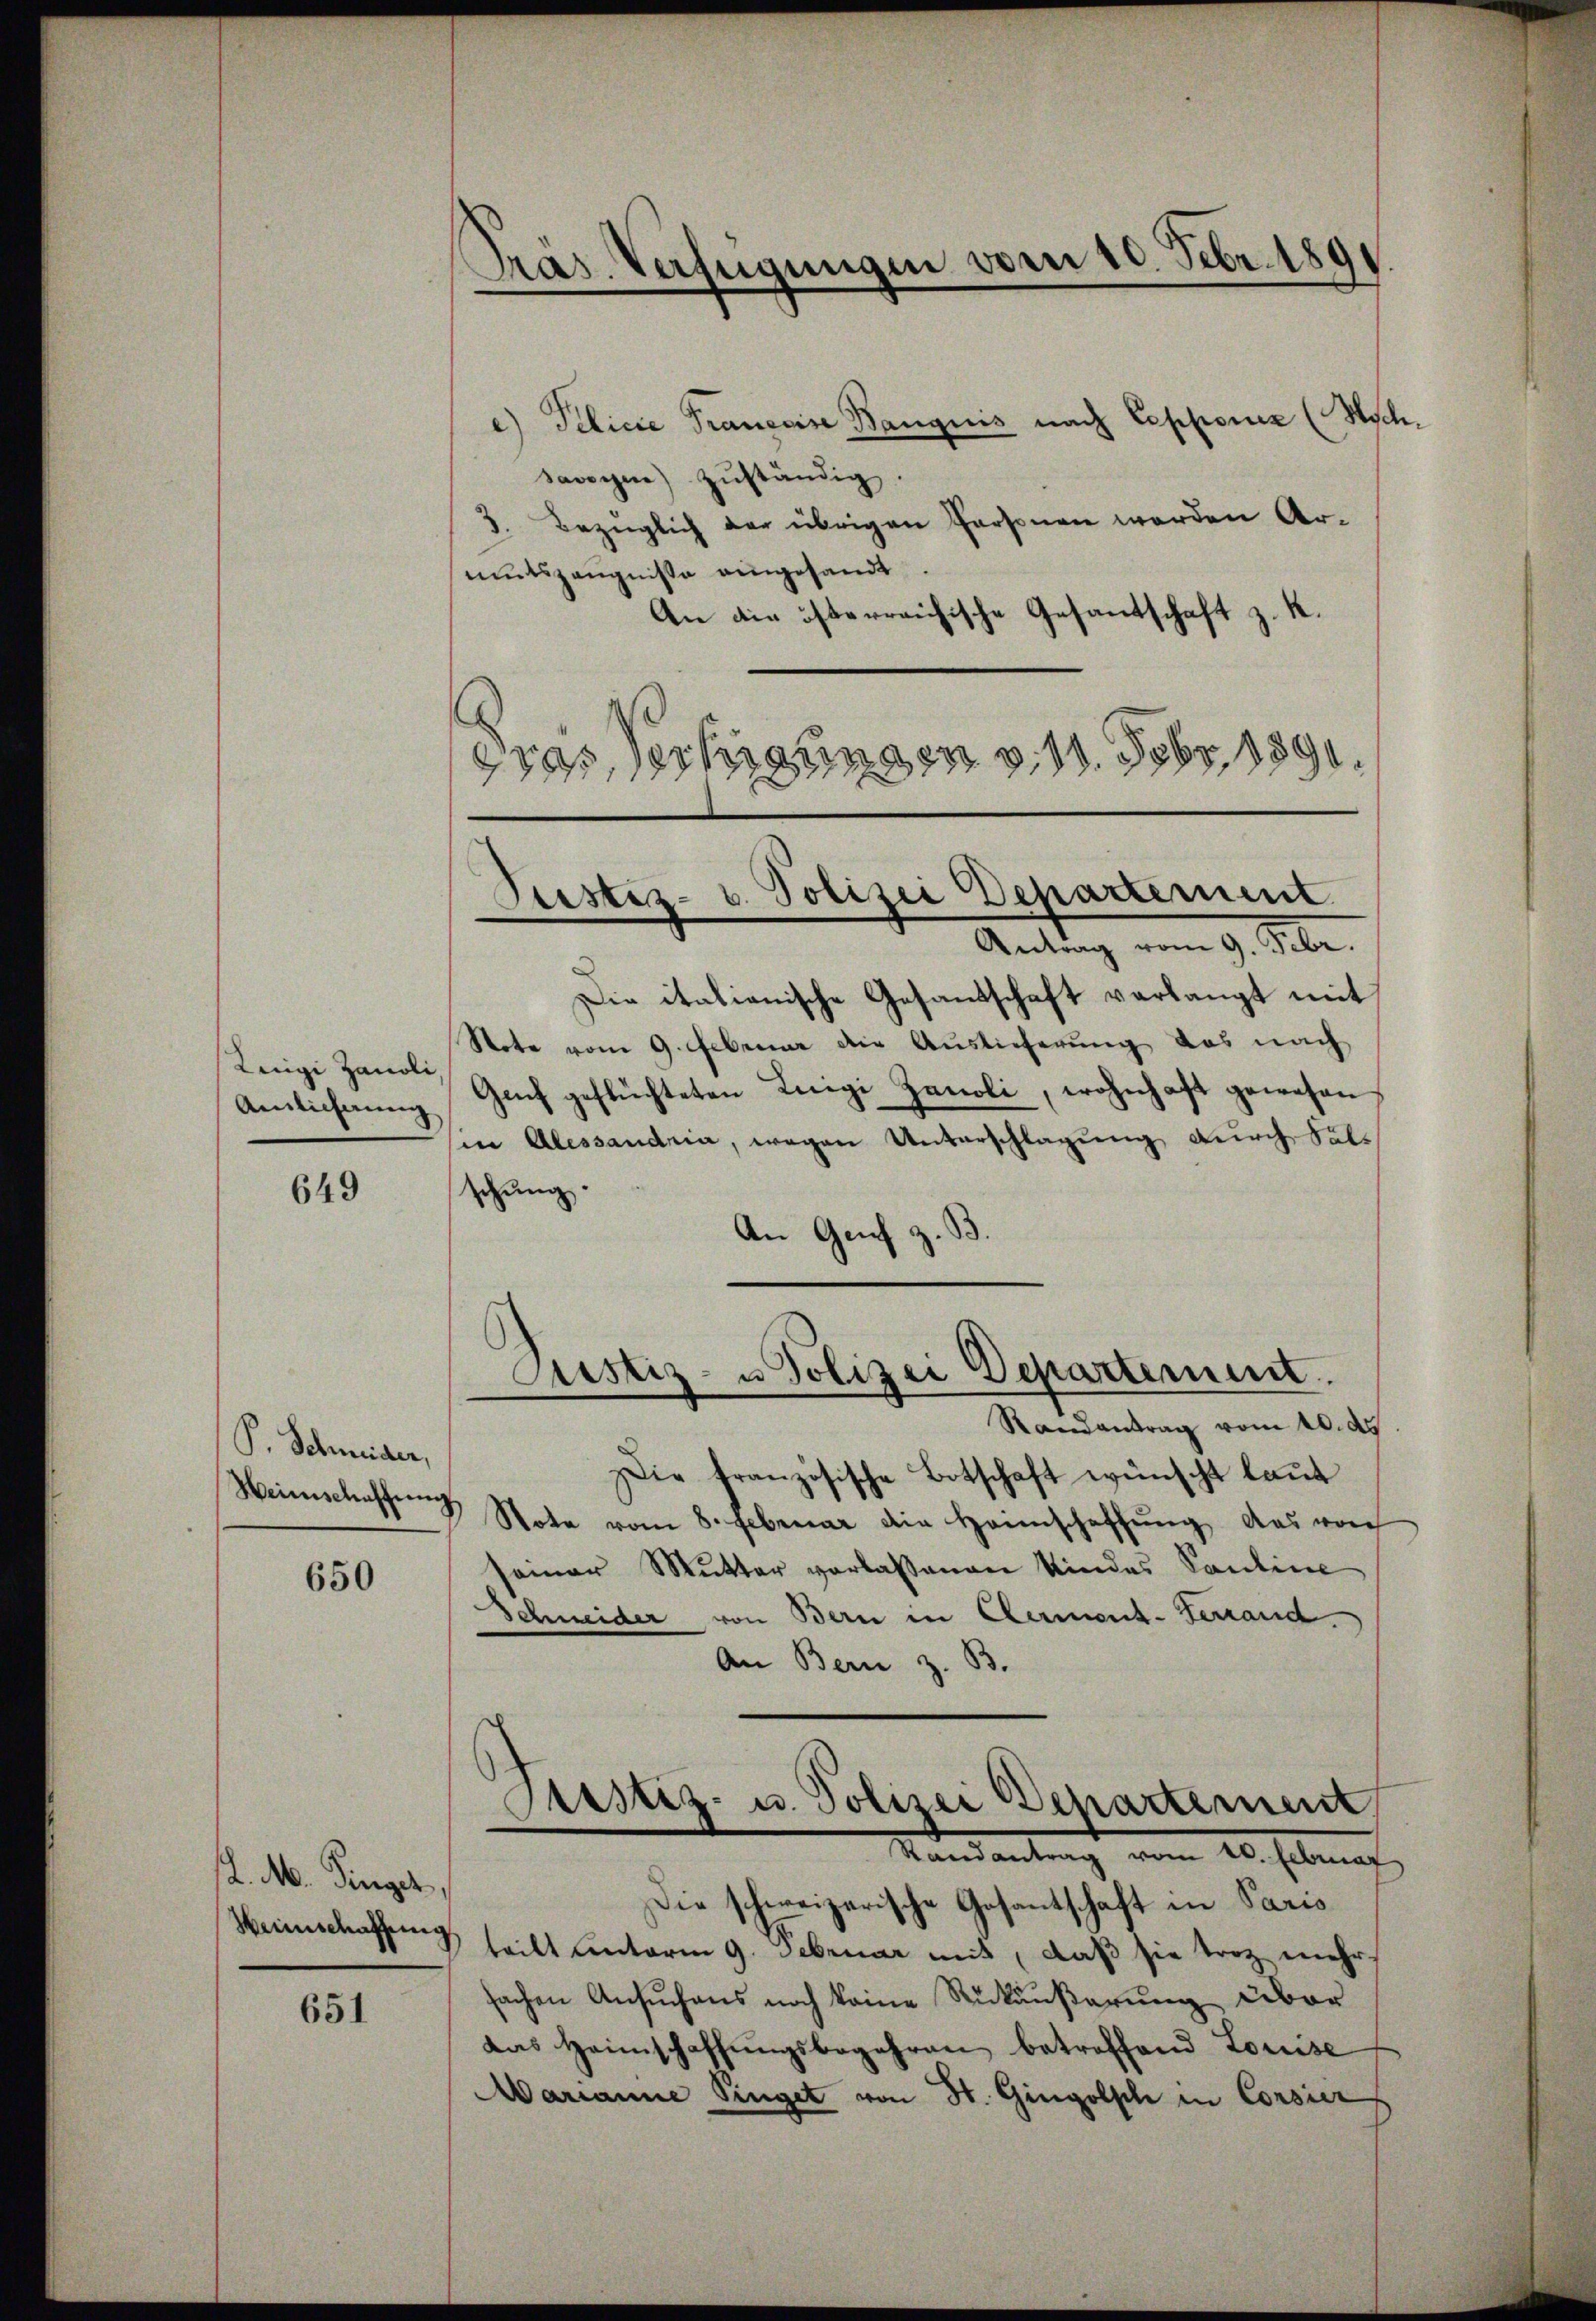
Luigi Zanoli,
Amlicherung

649

P. Schmider,
Heimschaffung

650

L. M. Ringer,
Heinschaffung

651

a) Pilicie Pranecis Bangins nach Cepponiz (Wschsavoyen zŭständig.
3. Bezüglich der übrigen Personen werden Armutszeugnisse eingesandt
An die österreichische Gesandschaft z. K.
¬
ras, vertigungen v. 11. Febr. 1890.

Präs. Verfügungen vom 10. Febr. 1891

Seester- u. Polizei Departement
Antrag vom 9. Febr.

Die italienische Gesandschaft verlangt mit
Note vom 9. Februar die Auslieferung das nach
Gaf geflüchteten Luigi Zanoli, wohnhaft gewesen
in Alessandria, wegen Unterschlagung durch Fal
izung
An Genf z. B.
d

Randantrag vom 10. ds
Die französische Botschaft wünscht laut
Note vom 8. Februar die Heimschaffŭng das von
seiner Mutter verlassenen Kindes Santine
Schneider von Bern in Kerment-Terrand.
An Bern z. B.
Justiz- u. Polizei Departement
Mandantragt vom 20. Selnat.
Die schweizerische Gesantschaft in Paris
teilt unterm 9. Februar mit, daß sie trotz mehr
sachen Ansuchens noch keine Rückäußerung über
das Heimschaffŭngsbegehren betreffend Louise
Marianne Singet von St. Gingolsch in Corsier

Justiz- u Polizei Departement.